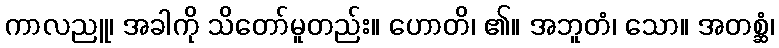
ကာလညူ၊ အခါကို သိတော်မူတည်း။ ဟောတိ၊ ၏။ အဘူတံ၊ သော။ အတစ္ဆံ၊